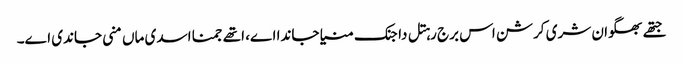
جتھے بھگوان شری کرشن اس برج رہتل دا جنک منیا جاندا اے، اتھے جمنا اسدی ماں منی جاندی اے۔